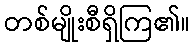
တစ်မျိုးစီရှိကြ၏။